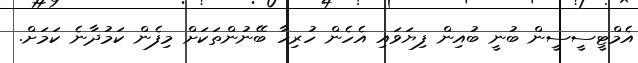
އެމްޓީސީސީން ބުނީ ބުއިން ފިޔަވައި އެހެން ހުރިހާ ބޭނުންތަކަށް މިފެން ކަމުދާނެ ކަމަށް.